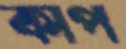
কাপ